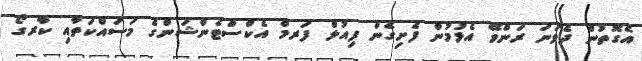
އެގޮތުން ދެވަނަ ރަންވޭ އެޅުމުން ފެށިގެން ފިއުލް ފަރމް އެކްސްޓެންޝަންގެ މަސައްކަތާއި ކާރގޯ